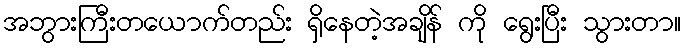
အဘွားကြီးတယောက်တည်း ရှိနေတဲ့အချိန် ကို ရွေးပြီး သွားတာ။